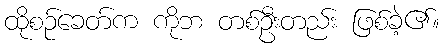
ထိုစဉ်ခေတ်က ကိုဘ တစ်ဦးတည်း ဖြစ်ခဲ့၏။